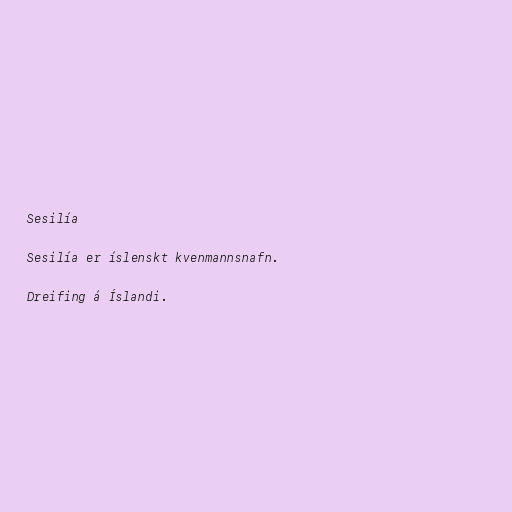
Sesilía

Sesilía er íslenskt kvenmannsnafn.

Dreifing á Íslandi.